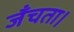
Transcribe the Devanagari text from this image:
जँचता।